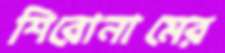
শিরোনামের